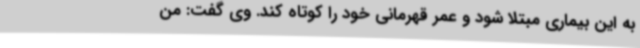
به این بیماری مبتلا شود و عمر قهرمانی خود را کوتاه کند. وی گفت: من